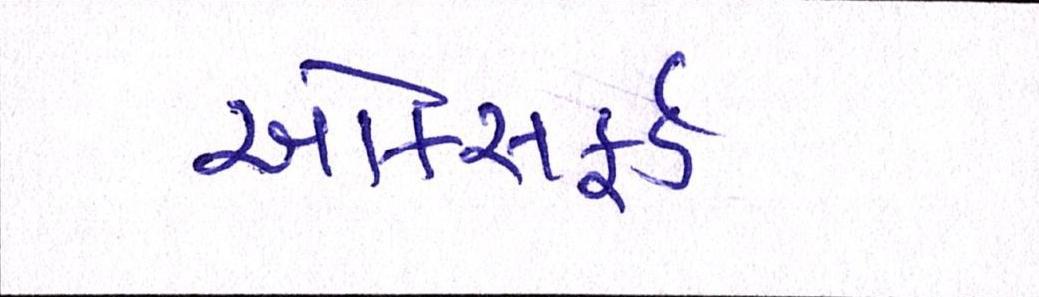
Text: ઓકસફર્ડ